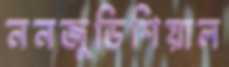
ননজুডিশিয়াল